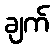
ချက်